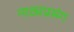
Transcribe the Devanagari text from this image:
नाट्यप्रसंग